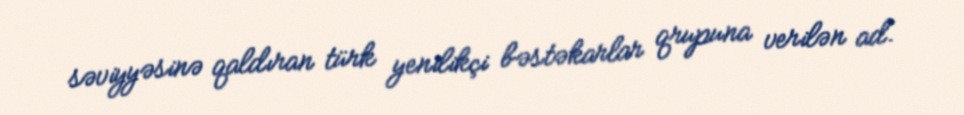
səviyyəsinə qaldıran türk yenilikçi bəstəkarlar qrupuna verilən ad.